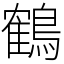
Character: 鶴